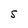
Character: S